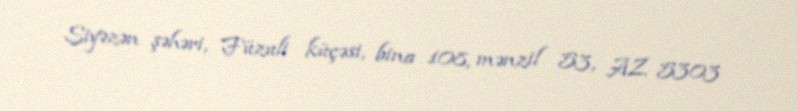
Siyəzən şəhəri, Füzuli küçəsi, bina 108, mənzil 53, AZ 5303